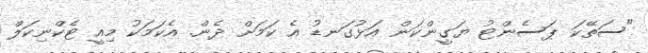
"ސަތޭކަ ޕަސެންޓު ޔަގީންކަން އަޅުގަނޑު އެ ކަމަށް ދެން. އެކަމަކު މިއީ ޓެކްނިކަލް